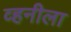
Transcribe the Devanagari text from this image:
व्हनीला